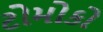
ટોમોકો